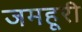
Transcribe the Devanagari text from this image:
जमहूरी